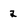
Character: 2